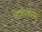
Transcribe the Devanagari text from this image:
भाजण्यावर